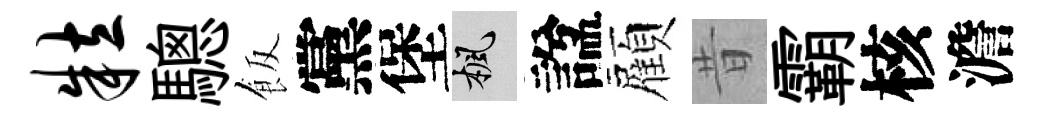
粒驄飯黨堡楓諡顏昔霸核澹